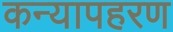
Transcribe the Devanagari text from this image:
कन्यापहरण